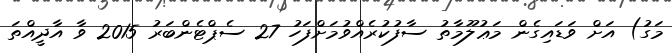
މަގު) އަށް ވަޑައިގެން މަޢުލޫމާތު ސާފުކުރެއްވުމަށްފަހު 27 ސެޕްޓެންބަރު 2015 ވާ އާދީއްތަ